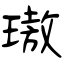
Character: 璈